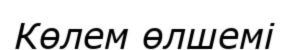
Көлем өлшемі